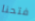
فتحنا